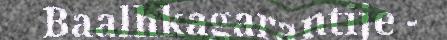
Baalhkagarantije -